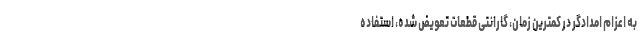
به اعزام امدادگر در کمترین زمان، گارانتی قطعات تعویض شده، استفاده